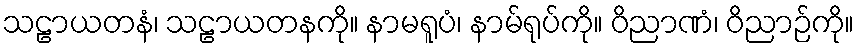
သဠာယတနံ၊ သဠာယတနကို။ နာမရူပံ၊ နာမ်ရုပ်ကို။ ဝိညာဏံ၊ ဝိညာဉ်ကို။